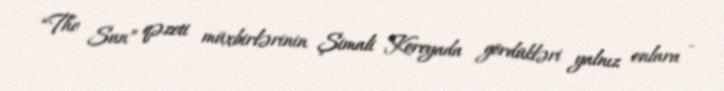
“The Sun” qəzeti müxbirlərinin Şimali Koreyada gördükləri yalnız onlara -